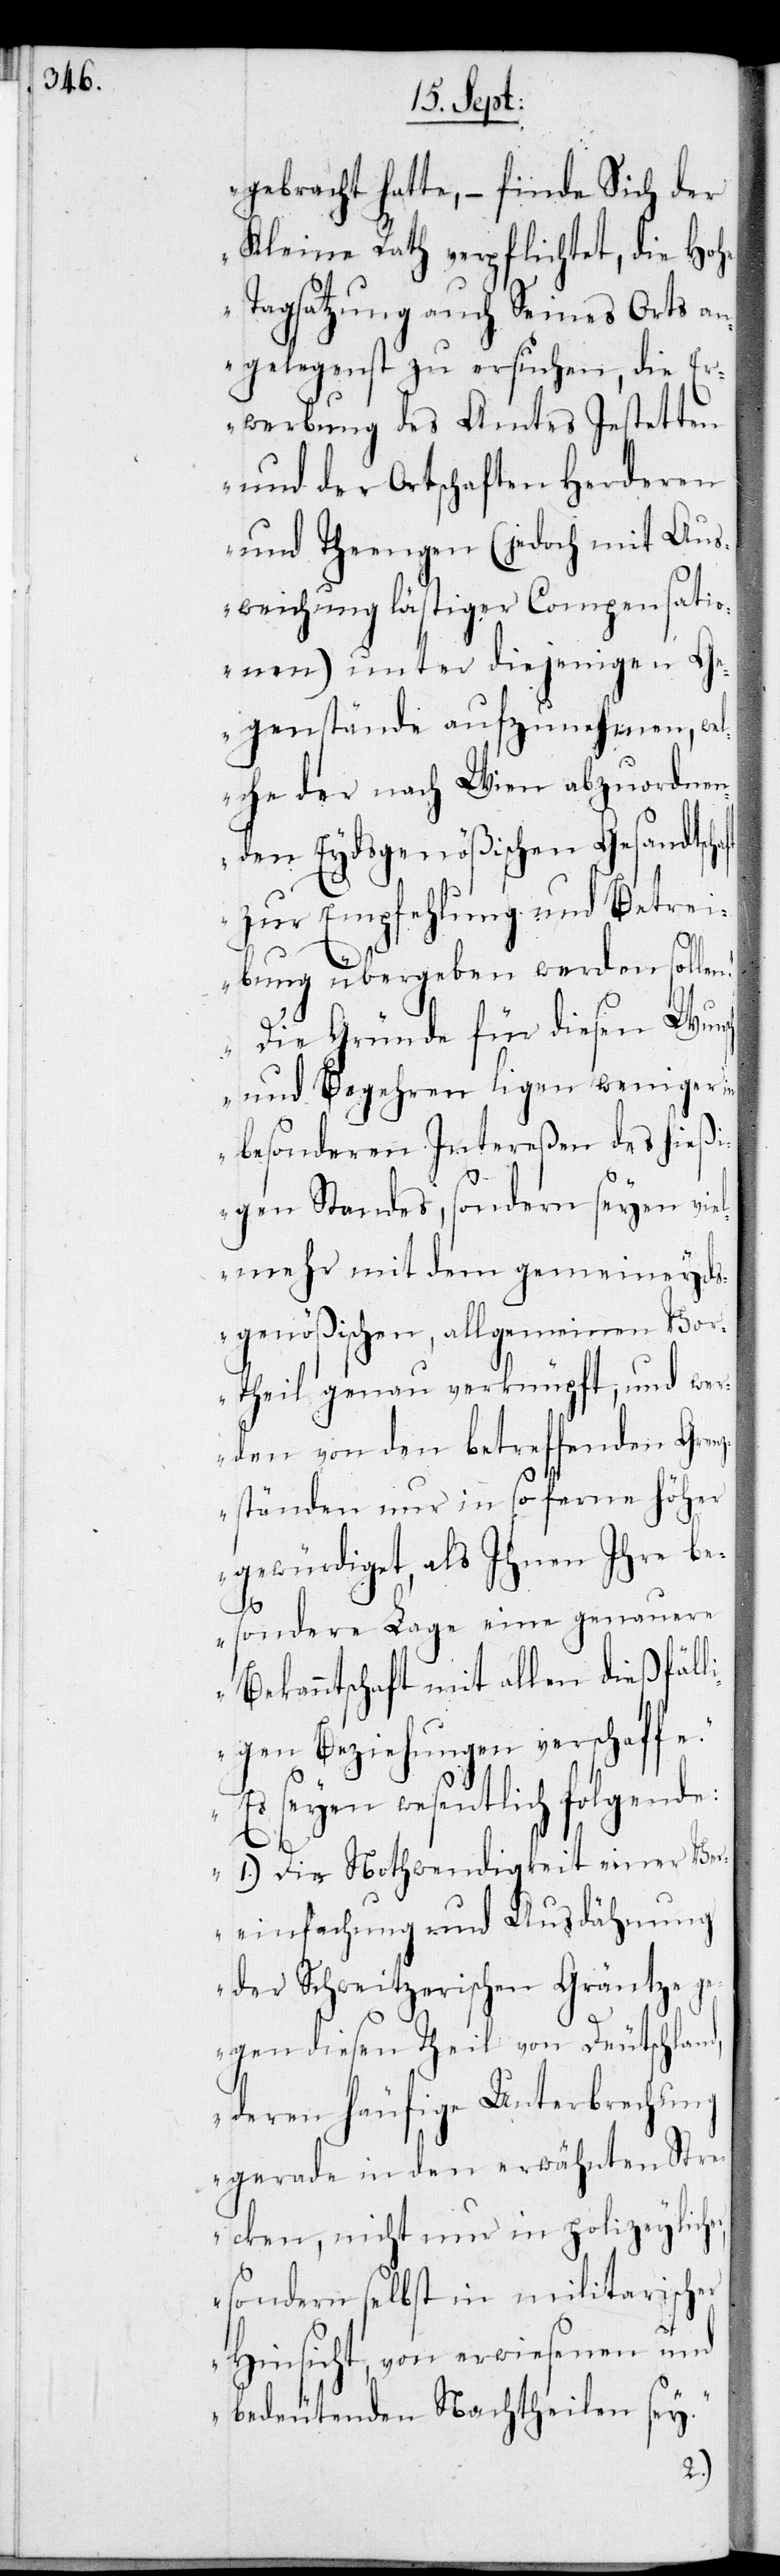
gebracht hatte, – finde Sich der
Kleine Rath verpflichtet, die Ho¬
Tagsatzung auch Seines Orts an¬
gelegenst zu ersuchen, die Er¬
werbung des Amtes Jestetten
und der Ortschaften Herderen
und Theengen (jedoch mit Aus¬
weichung lästiger Compensatio¬
nen) unter diejenigen Ge¬
genstände aufzunehmen, we¬
lche der nach Wien abzuordnen¬
den Eydsgenößischen Gesandtsch¬
zur Empfehlung und Betrei¬
bung übergeben werden sollen.
Die Gründe für diesen Wunsch
und Begehren ligen weniger in
besonderen Intereßen des hießi¬
gen Standes, sondern seyen vie¬
lmehr mit dem gemeineyd¬
sgenößischen, allgemeinen Vor¬
theil genau verknüpft, und wer¬
den von den betreffenden Gren¬
zständen nur in so ferne höher
gewürdiget, als Ihnen Ihre be¬
er
sondere Lage eine genauere
Bekanntschaft mit allen dießfäl¬
ligen Beziehungen verschaffen.
Es seyen wesentlich folgende:
1.) Die Nothwendigkeit einer Ver¬
einfachung und Ausdähnung
der Schweitzerischen Gräntze g¬
egen diesen Theil von Deutschland,
deren häufige Unterbrechung
gerade in den erwähnten Stre¬
cken, nicht nur in polizeylicher,
sondern selbst in militarisch¬
Hinsicht, von erwiesenen und
bedeutenden Nachtheilen sey.